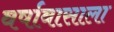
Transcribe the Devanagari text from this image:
वर्षावासाला